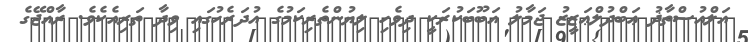
އަލްއުސްތާޛު ޢަބްދުލްޢަޒީޒު ޖަމާލު އަބޫބަކުރަކީ ދިވެހި ލިޔުންތެރިކަމުގެ އުދަރެހުގައި ވިދާ ތަރިއެކެވެ. ރާއްޖޭގެ